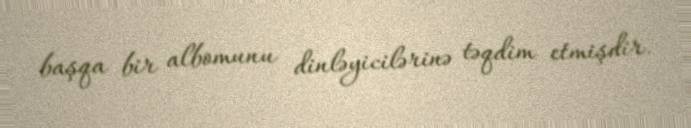
başqa bir albomunu dinləyicilərinə təqdim etmişdir.